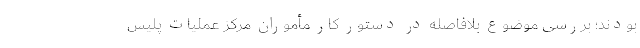
بودند؛ بررسی موضوع بلافاصله در دستور کار مأموران مرکز عملیات پلیس